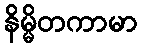
နိမ္မိတကာမာ